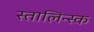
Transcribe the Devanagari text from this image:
स्तालिन्स्क